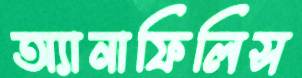
অ্যানাফিলিস